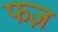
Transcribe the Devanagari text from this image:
फज़